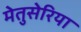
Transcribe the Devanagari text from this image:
मेतुसेरिया